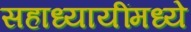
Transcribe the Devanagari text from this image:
सहाध्यायींमध्ये